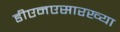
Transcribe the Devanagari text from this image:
डीएनएसारख्या